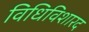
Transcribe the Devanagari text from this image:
विधिविशारद